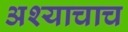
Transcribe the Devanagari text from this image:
अश्याचाच